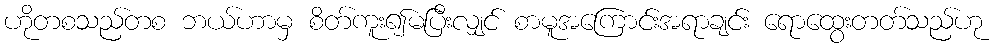
ဟိုတစသည်တစ ဘယ်ဟာမှ စိတ်ကူး၍မပြီးလျှင် စာမူအကြောင်းအရာချင်း ရောထွေးတတ်သည်ဟု